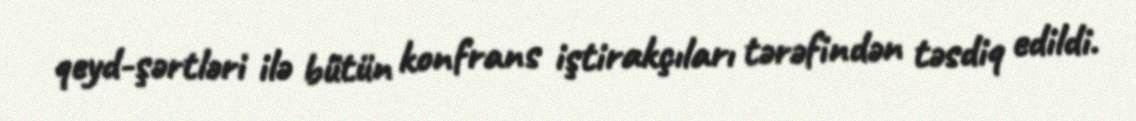
qeyd-şərtləri ilə bütün konfrans iştirakçıları tərəfindən təsdiq edildi.